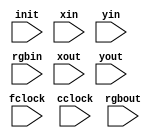
`timescale 1ns / 1ps
//////////////////////////////////////////////////////////////////////////////////
// Company: 
// Engineer: 
// 
// Design Name: 
// Module Name: pattern_modifier
// Project Name: 
// Target Devices: 
// Tool Versions: 
// Description: 
// 
// Dependencies: 
// 
// Revision:
// Revision 0.01 - File Created
// Additional Comments:
// 
//////////////////////////////////////////////////////////////////////////////////


module pattern_modifier(
    input init,
    input fclock,
    input cclock,
    input [3:0] xin,
    input [3:0] yin,
    input [4:0] rgbin,
    input [3:0] xout,
    input [3:0] yout,
    input [4:0] rgbout
    );
endmodule